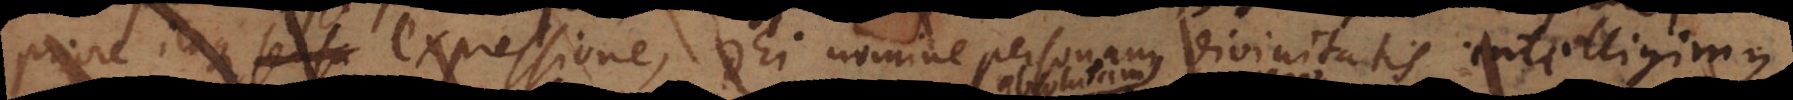
Priore itaque sensu expressione, Dei nomine personam divinitatis intelligimus,